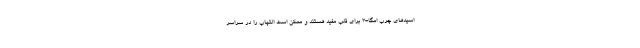
اسیدهای چرب امگا-3 برای قلب مفید هستند و ممکن است التهاب را در سراسر